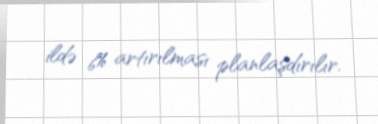
ildə 6% artırılması planlaşdırılır.